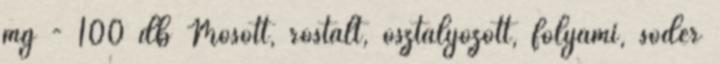
mg - 100 db Mosott, rostált, osztályozott, folyami, sóder